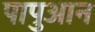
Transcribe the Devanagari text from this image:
पापुआन